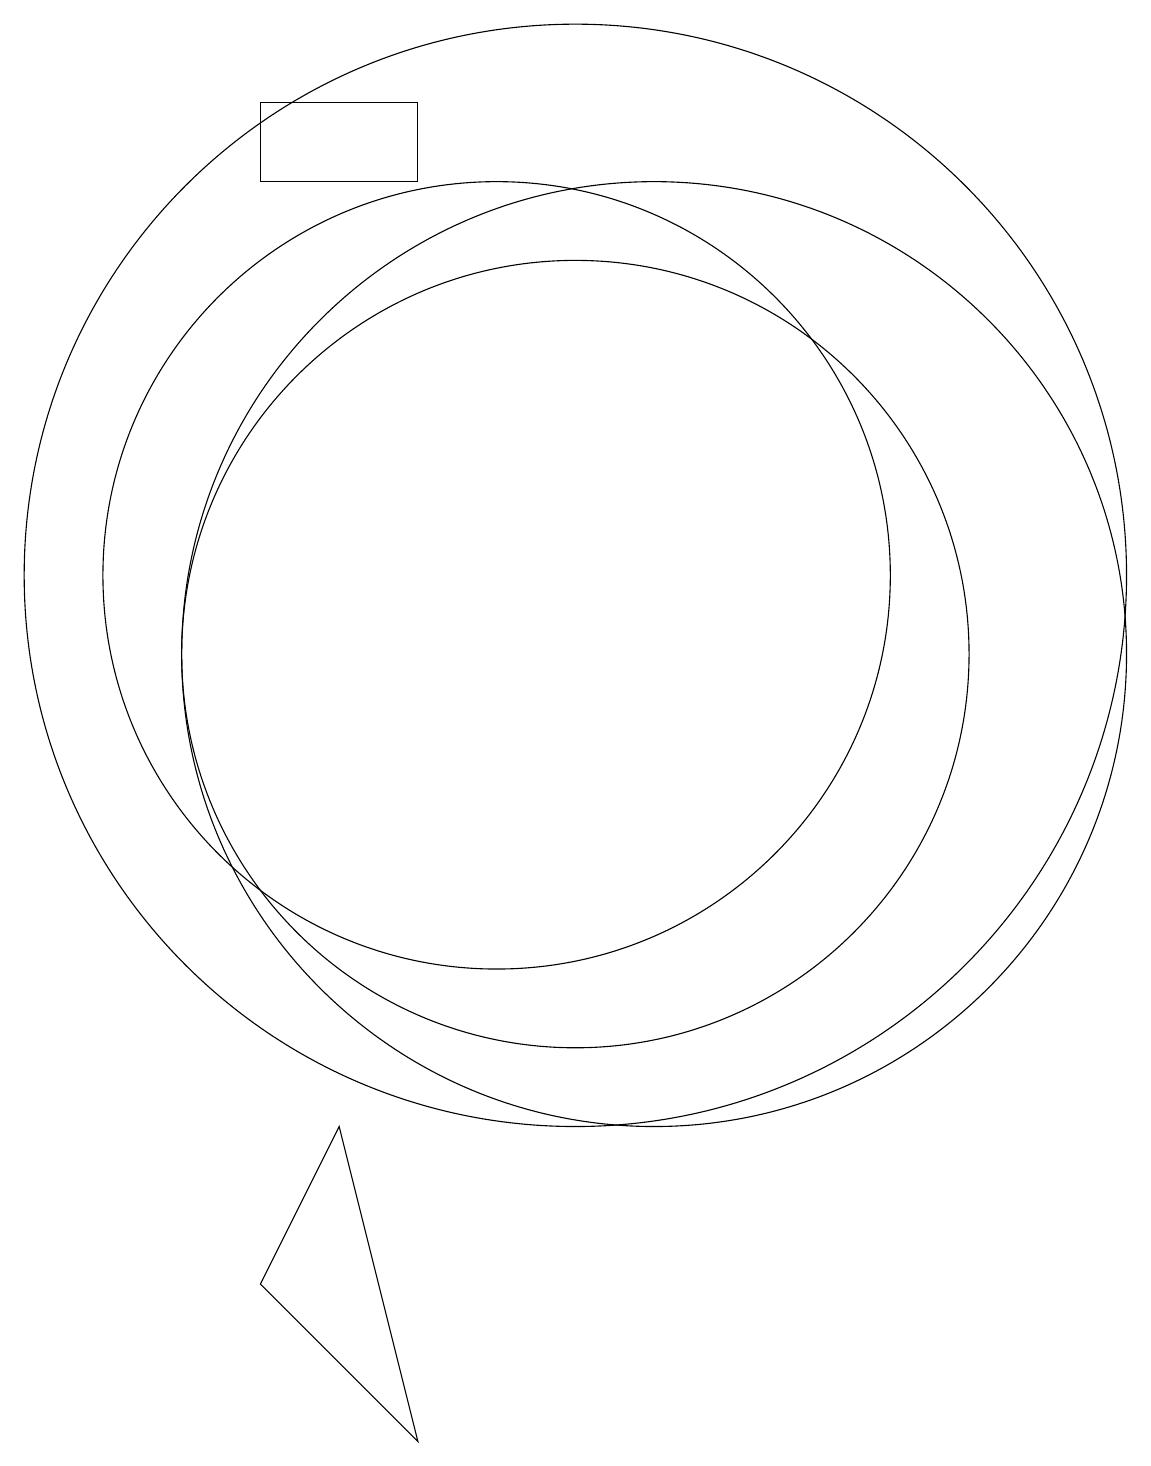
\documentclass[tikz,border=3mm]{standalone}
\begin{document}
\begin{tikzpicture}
\draw (8,4) -- (9,0) -- (7,2) -- cycle;
\draw (12,10) circle (6);
\draw (11,11) circle (7);
\draw (11,10) circle (5);
\draw (10,11) circle (5);
\draw (7,17) rectangle (9,16);
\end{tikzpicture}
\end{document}